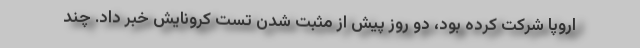
اروپا شرکت کرده بود، دو روز پیش از مثبت شدن تست کرونایش خبر داد. چند